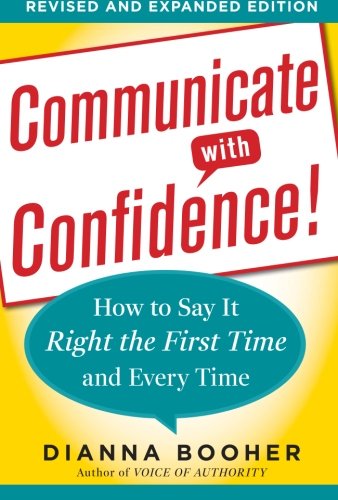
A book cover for Communicate with Confidence, Revised and Expanded Edition:  How to Say it Right the First Time and Every Time; Dianna Booher; Business & Money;